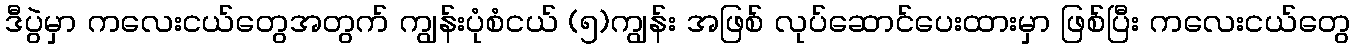
ဒီပွဲမှာ ကလေးငယ်တွေအတွက် ကျွန်းပုံစံငယ် (၅)ကျွန်း အဖြစ် လုပ်ဆောင်ပေးထားမှာ ဖြစ်ပြီး ကလေးငယ်တွေ